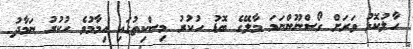
ހާލުކޮޅު ވަރަށް ގޯސްނޫންނަމަ މާލޭގެ ބޮޑު ހުކުރު މިސްކިތުގައި އިމާމުވެ ހުކުރު ނަމާދު